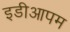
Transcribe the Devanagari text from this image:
इडीआपम